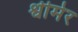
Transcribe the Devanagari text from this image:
श्वीमेर